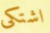
اشتكى